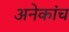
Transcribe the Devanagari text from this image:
अनेकांच